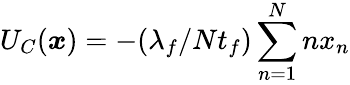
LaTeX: U_{C}({\boldsymbol{x}})=-(\lambda_{f}/Nt_{f})\sum_{n=1}^{N}nx_{n}